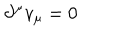
LaTeX: \partial ^ { \mu } v _ { \mu } = 0